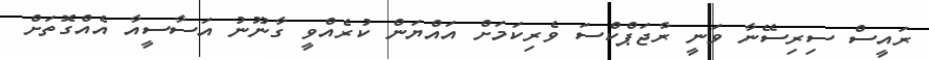
ރައީސް ސިރިސޭނާ ވަނީ ރާޖަޕްކްސަ ވެރިކަމަށް އައްޔަން ކުރެއްވީ ގާނޫނު އަސާސީއާ އެއްގޮތަށް